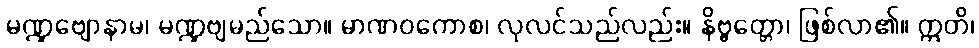
မဏ္ဍဗျောနာမ၊ မဏ္ဍဗျမည်သော။ မာဏဝကောစ၊ လုလင်သည်လည်း။ နိဗ္ဗတ္တော၊ ဖြစ်လာ၏။ ဣတိ၊